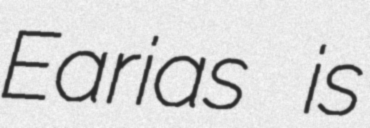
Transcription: Earias is